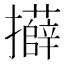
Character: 𭣍